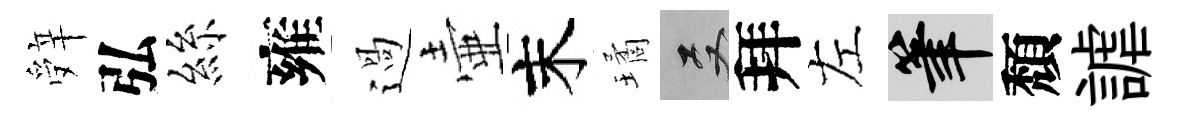
辤弘絲雍過壷末璚双拜左筆頽謔